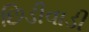
છિડીવાડી